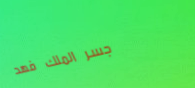
جسر الملك فهد